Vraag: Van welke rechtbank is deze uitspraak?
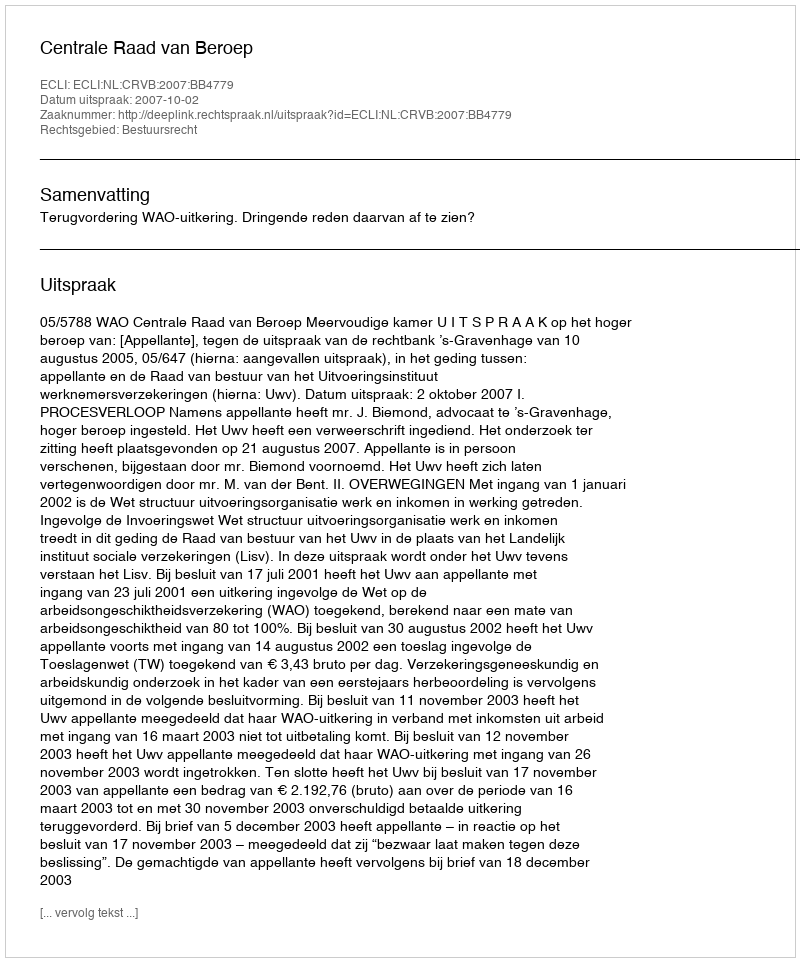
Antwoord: Centrale Raad van Beroep